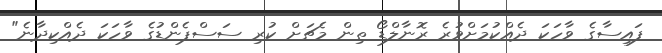
ފައިސާގެ ވާހަކަ ދެއްކުމަށްވުރެ ރޮނާލްޑޯ ތިން މެޗަށް ކުރި ސަސްޕެންޑުގެ ވާހަކަ ދެއްކިދާނެ"